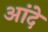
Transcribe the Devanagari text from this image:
आंदे